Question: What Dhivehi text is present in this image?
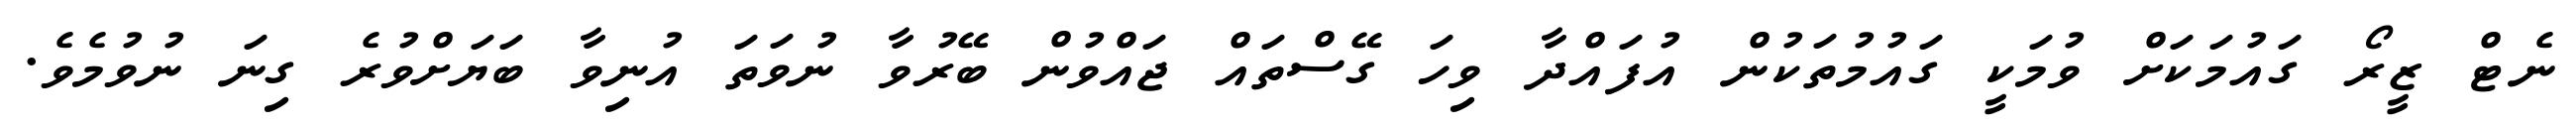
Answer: ނެޓް ޒީރޯ ގައުމަކަށް ވުމަކީ ގައުމުތަކުން އުފައްދާ ވިހަ ގޭސްތައް ޖައްވުން ބޭރުވާ ނުވަތަ އުނިވާ ބަޔަށްވުރެ ގިނަ ނުވުމެވެ.